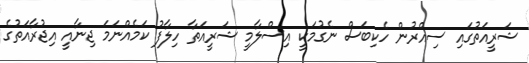
ޝަރީއަތުގައި ސިއްރުން ހެކިބަސް ނެގުމަކީ އިސްލާމީ ޝަރީއަތާ ހިލާފު ކަމެއްނަމަ ޖިނާއީ އިޖުރާއަތުގެ